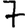
Digit: 7